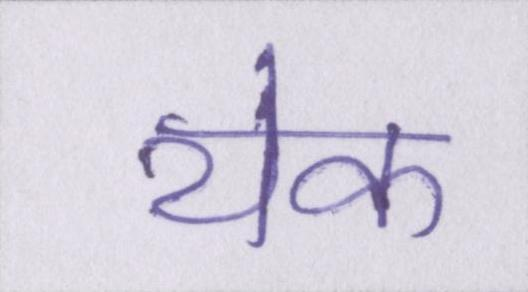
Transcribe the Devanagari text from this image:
येक